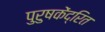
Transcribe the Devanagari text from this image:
पुरुषकेंद्रित